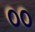
૦૦